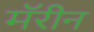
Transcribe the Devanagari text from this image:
मॅरीन